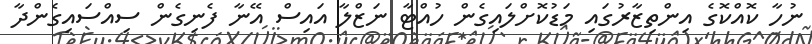
ނުހާ ކޮއްކޮގެ އިންތިޒާރުގައި މަޑުކޮށްލައިގެން ހުއްޓާ ނަޒްލާ އައިސް އޭނާ ފެނިގެން ސިއްސައިގެންދާ